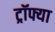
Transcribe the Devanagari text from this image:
ट्रॉफ्या